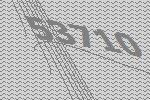
53710